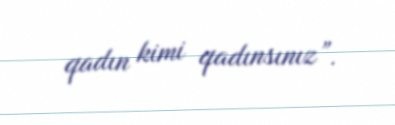
qadın kimi qadınsınız”.